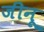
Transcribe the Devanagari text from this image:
जीनू